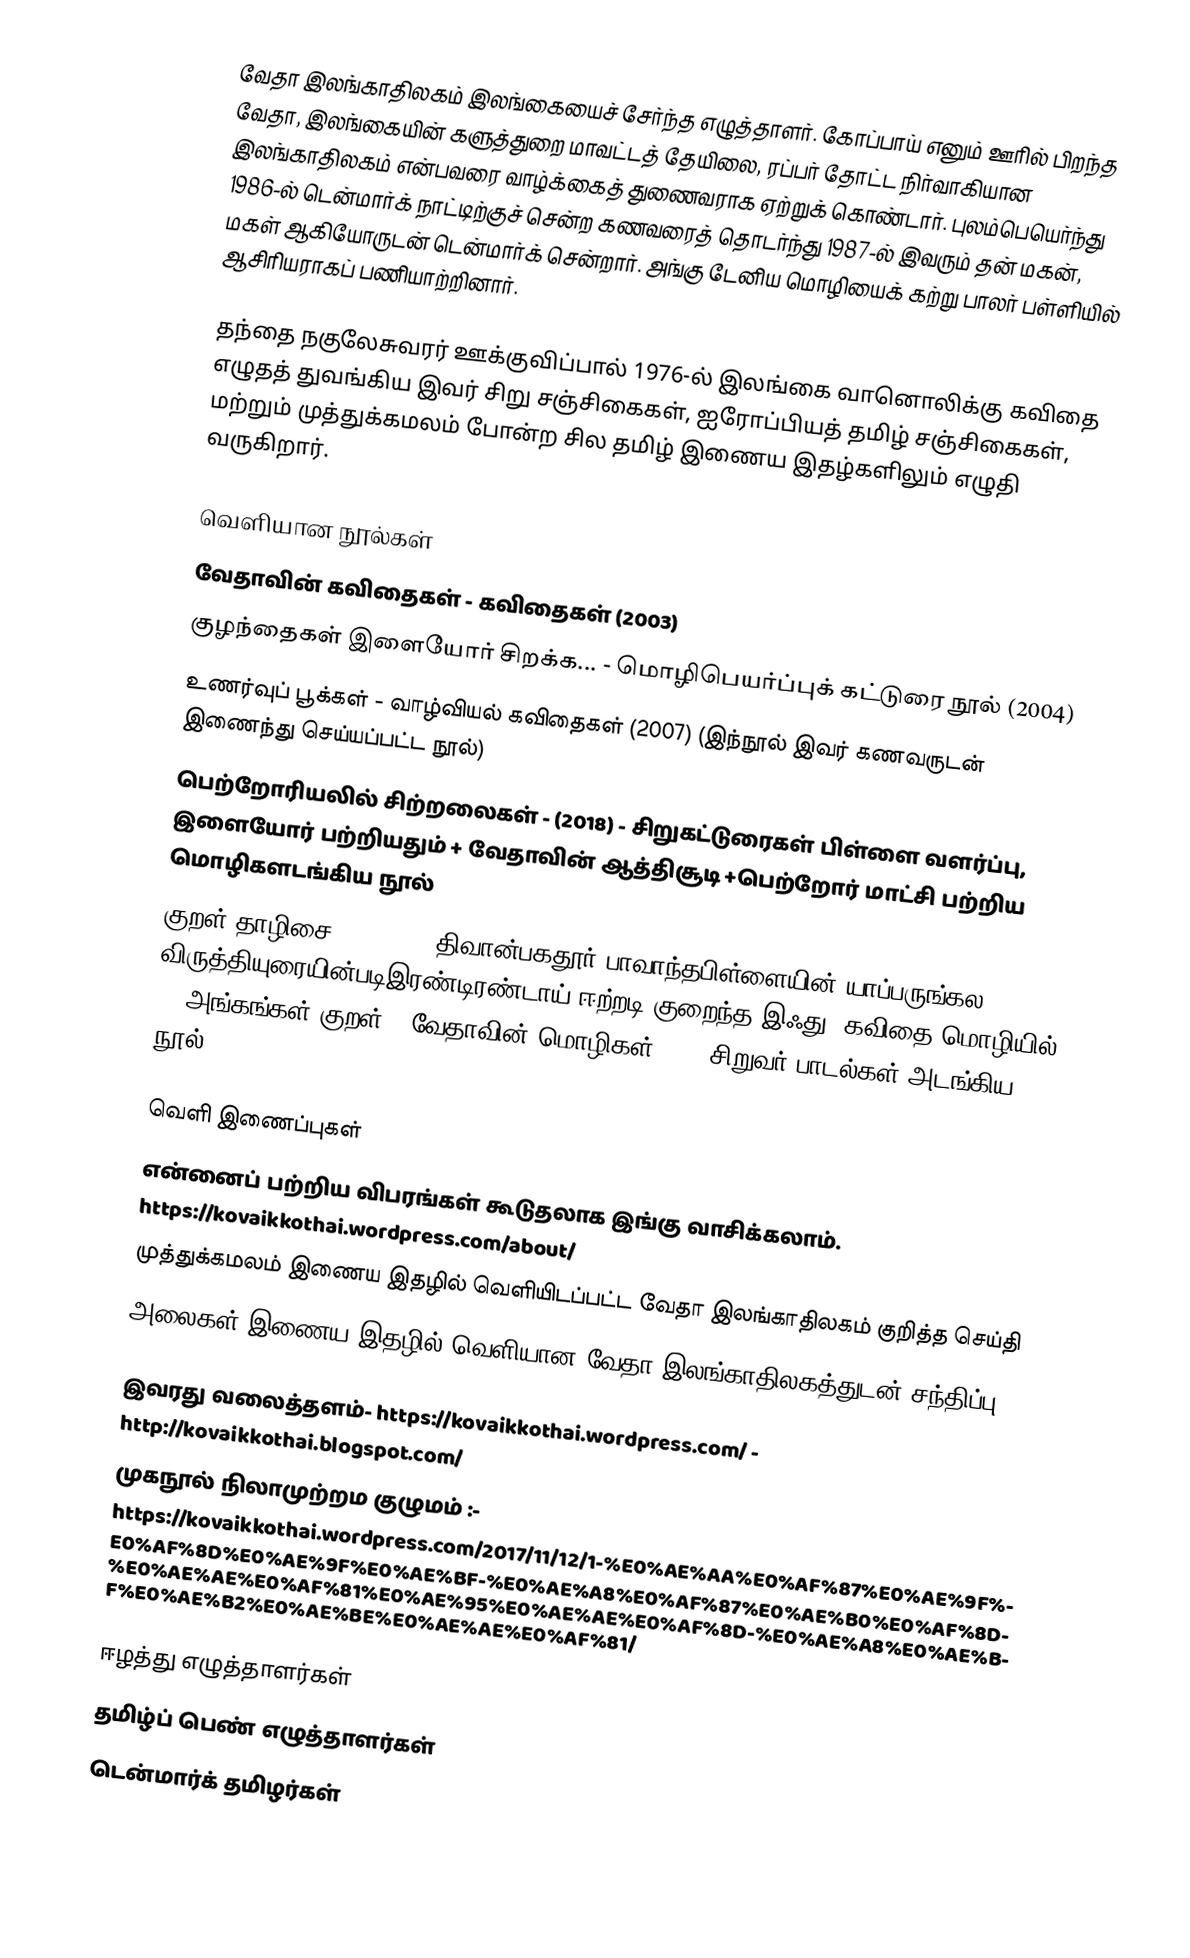
வேதா இலங்காதிலகம் இலங்கையைச் சேர்ந்த எழுத்தாளர். கோப்பாய் எனும் ஊரில் பிறந்த வேதா, இலங்கையின் களுத்துறை மாவட்டத் தேயிலை, ரப்பர் தோட்ட நிர்வாகியான இலங்காதிலகம் என்பவரை வாழ்க்கைத் துணைவராக ஏற்றுக் கொண்டார். புலம்பெயெர்ந்து 1986-ல் டென்மார்க் நாட்டிற்குச் சென்ற கணவரைத் தொடர்ந்து 1987-ல் இவரும் தன் மகன், மகள் ஆகியோருடன் டென்மார்க் சென்றார். அங்கு டேனிய மொழியைக் கற்று பாலர் பள்ளியில் ஆசிரியராகப் பணியாற்றினார்.

தந்தை நகுலேசுவரர் ஊக்குவிப்பால் 1976-ல் இலங்கை வானொலிக்கு கவிதை எழுதத் துவங்கிய இவர் சிறு சஞ்சிகைகள், ஐரோப்பியத் தமிழ் சஞ்சிகைகள், மற்றும் முத்துக்கமலம் போன்ற சில தமிழ் இணைய இதழ்களிலும் எழுதி வருகிறார்.

வெளியான நூல்கள்
 வேதாவின் கவிதைகள் - கவிதைகள் (2003)
 குழந்தைகள் இளையோர் சிறக்க... - மொழிபெயர்ப்புக் கட்டுரை நூல் (2004)
 உணர்வுப் பூக்கள் - வாழ்வியல் கவிதைகள் (2007) (இந்நூல் இவர் கணவருடன் இணைந்து செய்யப்பட்ட நூல்)
பெற்றோரியலில் சிற்றலைகள் -  (2018) - சிறுகட்டுரைகள் பிள்ளை வளர்ப்பு, இளையோர் பற்றியதும் + வேதாவின் ஆத்திசூடி +பெற்றோர் மாட்சி பற்றிய மொழிகளடங்கிய  நூல்
குறள் தாழிசை -  (2018) (திவான்பகதூர் பாவாந்தபிள்ளையின் யாப்பருங்கல விருத்தியுரையின்படிஇரண்டிரண்டாய் ஈற்றடி குறைந்த இஃது)  கவிதை மொழியில் 23 அங்கங்கள்  குறள் + வேதாவின் மொழிகள்  + 25 சிறுவர் பாடல்கள் அடங்கிய நூல்.

வெளி இணைப்புகள்
 என்னைப் பற்றிய விபரங்கள் கூடுதலாக இங்கு வாசிக்கலாம்.    https://kovaikkothai.wordpress.com/about/
முத்துக்கமலம் இணைய இதழில் வெளியிடப்பட்ட வேதா இலங்காதிலகம் குறித்த செய்தி
 அலைகள் இணைய இதழில் வெளியான வேதா இலங்காதிலகத்துடன் சந்திப்பு -     https://kovaikkavi.wordpress.com/2017/02/02/in-allaikal-com-interview/
 இவரது வலைத்தளம்-    https://kovaikkothai.wordpress.com/ -  http://kovaikkothai.blogspot.com/
முகநூல் நிலாமுற்றம  குழுமம் :-               https://kovaikkothai.wordpress.com/2017/11/12/1-%E0%AE%AA%E0%AF%87%E0%AE%9F%E0%AF%8D%E0%AE%9F%E0%AE%BF-%E0%AE%A8%E0%AF%87%E0%AE%B0%E0%AF%8D%E0%AE%AE%E0%AF%81%E0%AE%95%E0%AE%AE%E0%AF%8D-%E0%AE%A8%E0%AE%BF%E0%AE%B2%E0%AE%BE%E0%AE%AE%E0%AF%81/

ஈழத்து எழுத்தாளர்கள்
தமிழ்ப் பெண் எழுத்தாளர்கள்
டென்மார்க் தமிழர்கள்